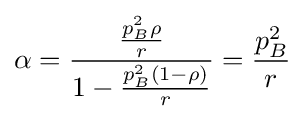
\alpha ={\frac {\frac {p_{B}^{2}\rho }{r}}{1-{\frac {p_{B}^{2}(1-\rho )}{r}}}}={\frac {p_{B}^{2}}{r}}